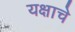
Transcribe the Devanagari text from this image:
यक्षाचे